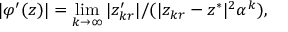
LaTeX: | \varphi ^ { \prime } ( z ) | = \operatorname* { l i m } _ { k \to \infty } | z _ { k r } ^ { \prime } | / ( | z _ { k r } - z ^ { * } | ^ { 2 } \alpha ^ { k } ) ,